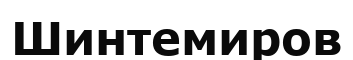
Шинтемиров